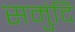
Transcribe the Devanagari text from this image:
समुंदि